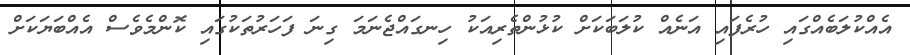
އެއްކުލަބެއްގައި ހުރެފައި އަނެއް ކުލަބަކަށް ކުޅުންތެރިއަކު ހިނގައްޖެނަމަ ގިނަ ފަހަރުތަކުގައި ކޮންމެވެސް އެއްބަޔަކަށް